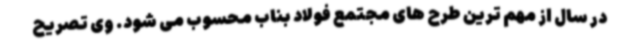
در سال از مهم ترین طرح های مجتمع فولاد بناب محسوب می شود. وی تصریح